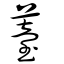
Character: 薹